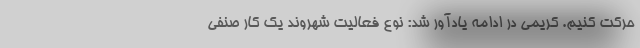
حرکت کنیم. کریمی در ادامه یادآور شد: نوع فعالیت شهروند یک کار صنفی